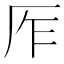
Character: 厏